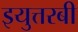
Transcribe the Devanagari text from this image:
इयुत्तरबी